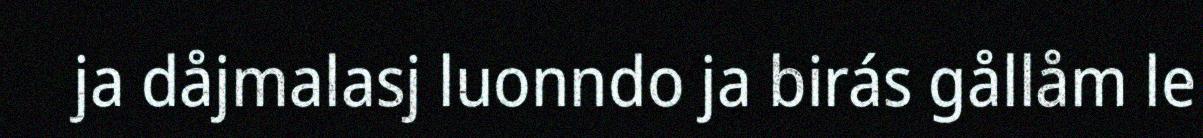
ja dåjmalasj luonndo ja birás gållåm le